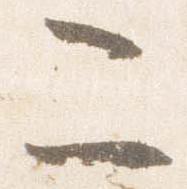
二